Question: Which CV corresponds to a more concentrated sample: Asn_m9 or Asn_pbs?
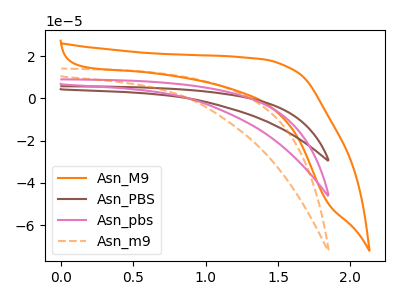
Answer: <think>The orange curve "Asn_M9" has no peaks. The brown curve "Asn_PBS" has no peaks. The pink curve "Asn_pbs" has no peaks. The orange dashed curve "Asn_m9" has no peaks.
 Neither "Asn_m9" or "Asn_pbs" have any peaks.</think>
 <answer>I cant tell if "Asn_m9" or "Asn_pbs" has higher concentration.</answer>
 <eval>mixed_concentration</eval>